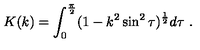
K ( k ) = \int _ { 0 } ^ { \frac { \pi } { 2 } } ( 1 - k ^ { 2 } \sin ^ { 2 } \tau ) ^ { \frac { 1 } { 2 } } d \tau \ .